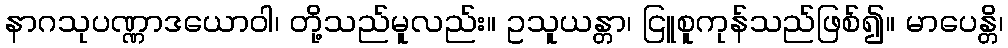
နာဂသုပဏ္ဏာဒယောဝါ၊ တို့သည်မူလည်း။ ဥသူယန္တာ၊ ငြူစူကုန်သည်ဖြစ်၍။ မာပေန္တိ၊